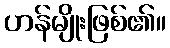
ဟန်မျိုးဖြစ်၏။